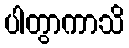
ပါတွာကာသိ